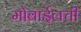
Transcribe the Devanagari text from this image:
मोबाईलची